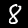
Label: 8